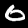
Digit: 0